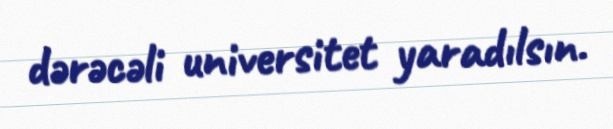
dərəcəli universitet yaradılsın.